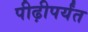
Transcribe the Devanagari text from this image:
पीढ़ीपर्यंत